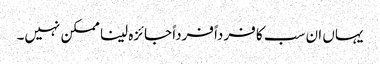
یہاں ان سب کا فرداً فرداً جائزہ لینا ممکن نہیں۔